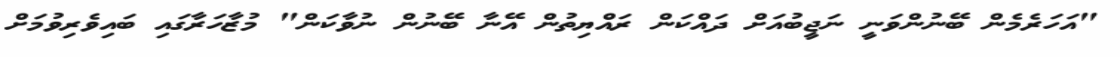
"އަހަރެމެން ބޭނުންވަނީ ނަޖީބުއަށް ދައްކަން ރައްޔިތުން އޭނާ ބޭނުން ނުވާކަން" މުޒާހަރާގައި ބައިވެރިވުމަށް